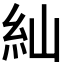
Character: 𮈁